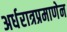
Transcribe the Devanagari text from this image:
अर्धरात्रप्रमाणेन